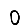
Digit: 0